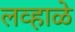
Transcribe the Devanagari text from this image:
लव्हाळे